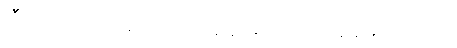
။ဒီဃ-၁-ဋ္ဌ-၂၇၃။ ။၂-ဋ္ဌ-၁၃၄၊ မည်သည့်အခါမှ သရဏဂုံ